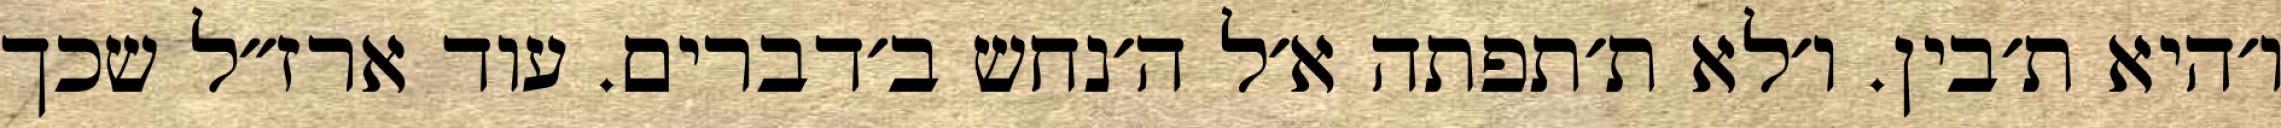
ו׳היא ת׳בין. ו׳לא ת׳תפתה א׳ל ה׳נחש ב׳דברים. עוד ארז״ל שכך